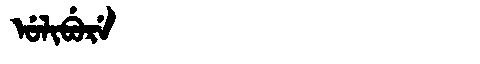
Manchu: ᡠᠯᡳᠪᡠᡵᡝ
Romanization: ULIBURE